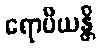
ရောပိယန္တိ